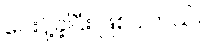
ပေးပို့ခဲ့ပြီး ဖြစ်ပါတယ်။